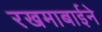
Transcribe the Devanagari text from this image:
रखमाबाईने